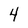
Character: 4